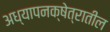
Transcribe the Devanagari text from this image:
अध्यापनक्षेत्रातील